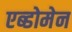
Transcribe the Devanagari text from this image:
एब्डोमेन